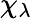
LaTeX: \chi_{\lambda}